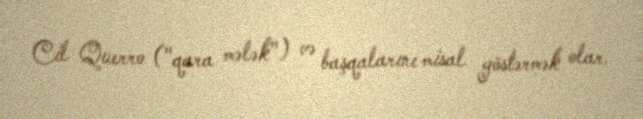
Cil Querro ("qara mələk") və başqalarını misal göstərmək olar.